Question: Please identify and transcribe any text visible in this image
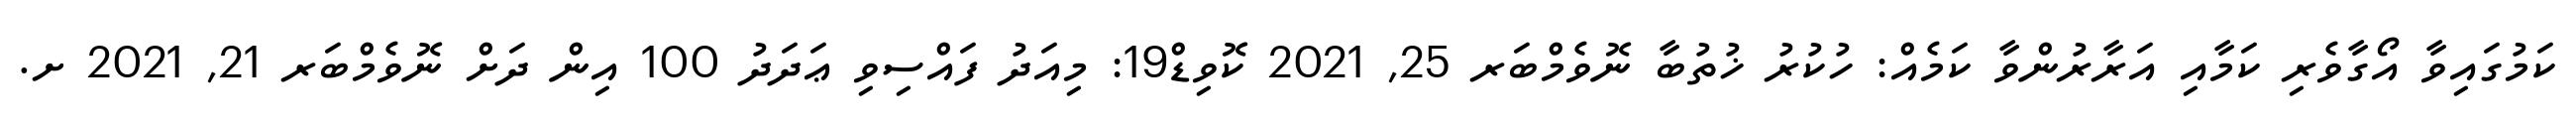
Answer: ކަމުގައިވާ އޯގާވެރި ކަމާއި އަރާރުންވާ ކަމެއް: ހުކުރު ޚުތުބާ ނޮވެމްބަރ 25, 2021 ކޮވިޑް19: މިއަދު ފައްސިވި ޢަދަދު 100 އިން ދަށް ނޮވެމްބަރ 21, 2021 ށ.